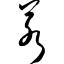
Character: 若